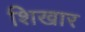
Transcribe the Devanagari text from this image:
शिखार